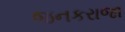
જનકરાજા